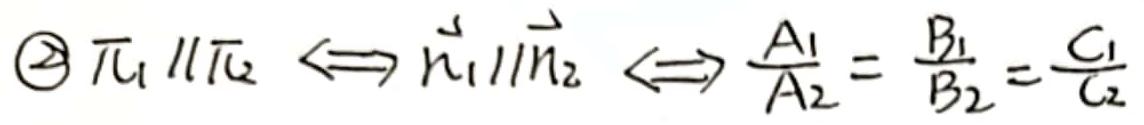
$\textcircled{2}\ \pi_1\parallel\pi_2\Longleftrightarrow\vec{n}_1\parallel\vec{n}_2\Longleftrightarrow\frac{A_1}{A_2}=\frac{B_1}{B_2}=\frac{C_1}{C_2}$